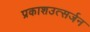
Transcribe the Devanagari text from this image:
प्रकाशउत्सर्जन